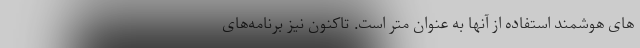
های هوشمند استفاده از آنها به عنوان متر است. تاکنون نیز برنامه‌های